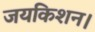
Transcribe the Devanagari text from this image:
जयकिशन।